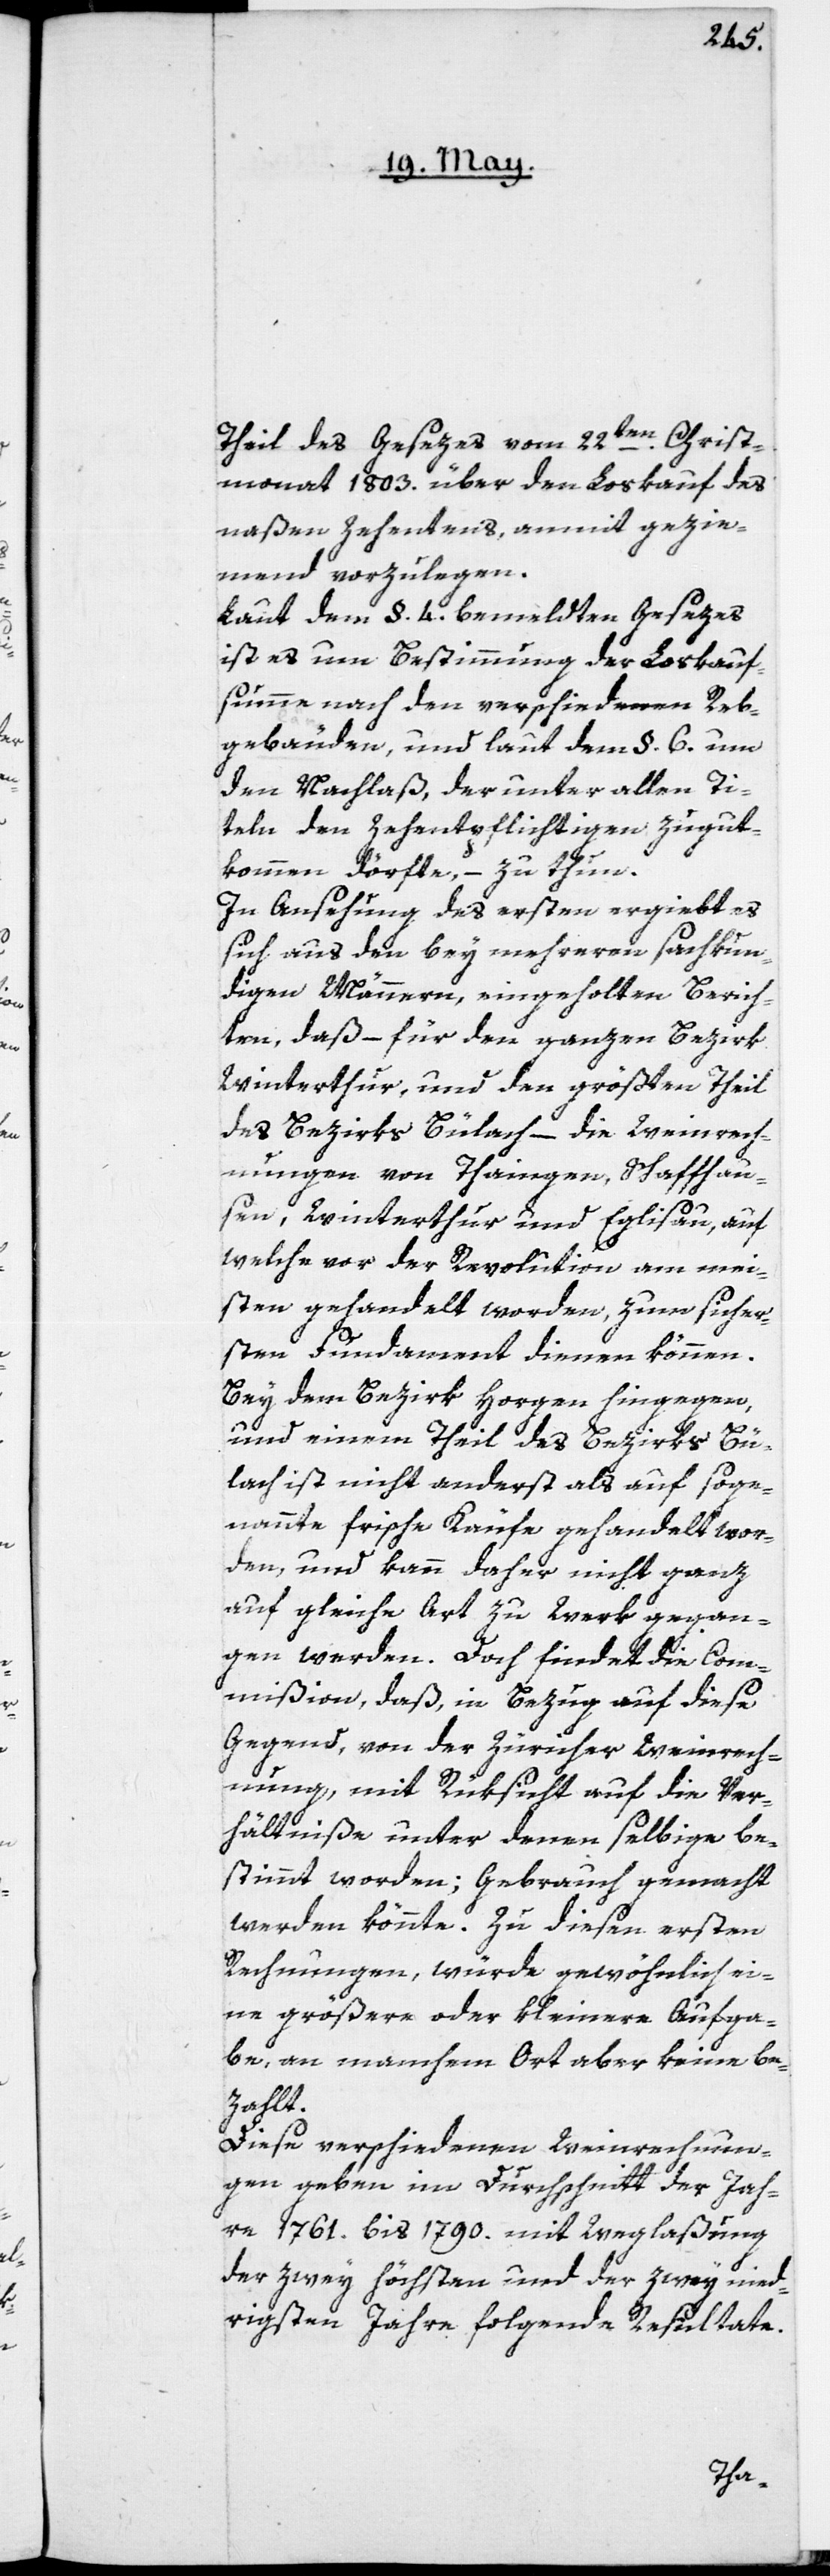
Theil des Gesezes vom 22ten Christ¬
monat 1803. über den Loskauf des
naßen Zehentens, anmit gezie¬
mend vorzulegen.
Laut dem §. 4 bemeldten Gesezes
ist es um Bestimmung der Loskauf¬
summe nach den verschiedenen Reb¬
gebäuden, und laut dem §. 6 um
den Nachlaß, der unter allen Ti¬
teln den Zehentpflichtigen zugut¬
kommen dörfte, – zu thun.
In Ansehung des ersten ergiebt es
sich aus den bey mehreren sachkun¬
digen Männern, eingeholten Berich¬
ten, daß – für den ganzen Bezirk
Winterthur und den größten Theil
des Bezirks Bülach, – die Weinrech¬
nungen von Thaingen, Schaffhau¬
sen, Winterthur und Eglisau, auf
welche vor der Revolution am mei¬
sten gehandelt worden, zum sicher¬
sten Fundament dienen können.
Bey dem Bezirk Horgen hingegen
und einem Theil des Bezirks Bü¬
lach ist nicht anderst als auf soge¬
nannte frische Käufe gehandelt wor¬
den, und kann daher nicht ganz
auf gleiche Art zu Werk gegan¬
gen werden. Doch findet die Com¬
mißion, daß, in Bezug auf diese
Gegend, von der Züricher Weinrech¬
nung, mit Rüksicht auf die Ver¬
hältniße, unter denen selbige be¬
stimmt worden, Gebrauch gemacht
werden könnte. Zu diesen ersten
Rechnungen, würde gewöhnlich ei¬
ne größere oder kleinere Aufga¬
be, an manchem Ort aber keine be¬
zahlt.
Diese verschiedenen Weinrechnun¬
gen geben im Durchschnitt der Jah¬
re 1761. bis 1790. mit Weglaßung
der zwey höchsten und der zwei nied¬
rigsten Jahre folgende Resultate.